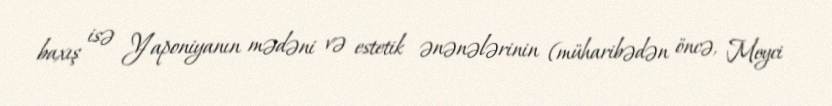
baxış isə Yaponiyanın mədəni və estetik ənənələrinin (müharibədən öncə, Meyci